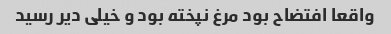
واقعا افتضاح بود مرغ نپخته بود و خیلی دیر رسید